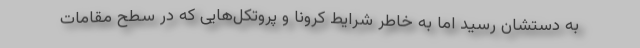
به دستشان رسید اما به خاطر شرایط کرونا و پروتکل‌هایی که در سطح مقامات